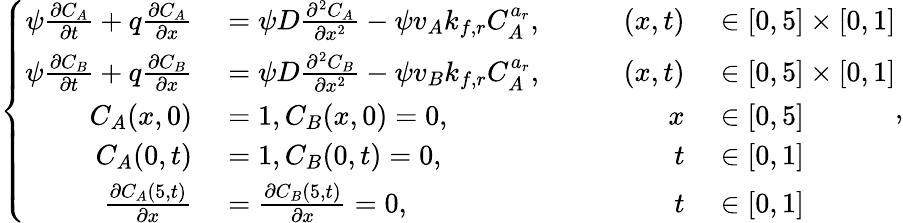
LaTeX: \left\{ \begin{array}{rlrl}{\psi\frac{\partial C_{A}}{\partial t}+q\frac{\partial C_{A}}{\partial x}}&{{}=\psi D\frac{\partial^{2}C_{A}}{\partial x^{2}}-\psi v_{A}k_{f,r}C_{A}^{a_{r}},\qquad}&{(x,t)}&{{}\in[0,5]\times[0,1]}\\ {\psi\frac{\partial C_{B}}{\partial t}+q\frac{\partial C_{B}}{\partial x}}&{{}=\psi D\frac{\partial^{2}C_{B}}{\partial x^{2}}-\psi v_{B}k_{f,r}C_{A}^{a_{r}},\qquad}&{(x,t)}&{{}\in[0,5]\times[0,1]}\\ {C_{A}(x,0)}&{{}=1,C_{B}(x,0)=0,}&{x}&{{}\in[0,5]}\\ {C_{A}(0,t)}&{{}=1,C_{B}(0,t)=0,}&{t}&{{}\in[0,1]}\\ {\frac{\partial C_{A}(5,t)}{\partial x}}&{{}=\frac{\partial C_{B}(5,t)}{\partial x}=0,}&{t}&{{}\in[0,1]}\end{array}\right.,